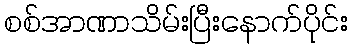
စစ်အာဏာသိမ်းပြီးနောက်ပိုင်း